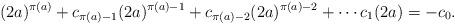
LaTeX: \begin{align*}(2a)^{\pi(a)} + c_{\pi(a) - 1}(2a)^{\pi(a) - 1} + c_{\pi(a) - 2}(2a)^{\pi(a) - 2} + \cdots c_1(2a) = -c_0.\end{align*}